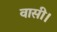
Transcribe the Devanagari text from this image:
वासी।